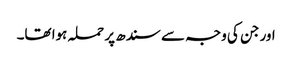
اور جن کی وجہ سے سندھ پر حملہ ہوا تھا۔